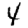
Digit: 4